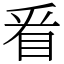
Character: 㸔